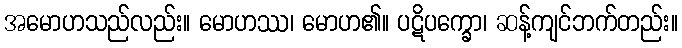
အမောဟသည်လည်း။ မောဟဿ၊ မောဟ၏။ ပဋိပက္ခော၊ ဆန့်ကျင်ဘက်တည်း။